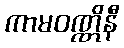
ကာမဝဏ္ဏိနီ